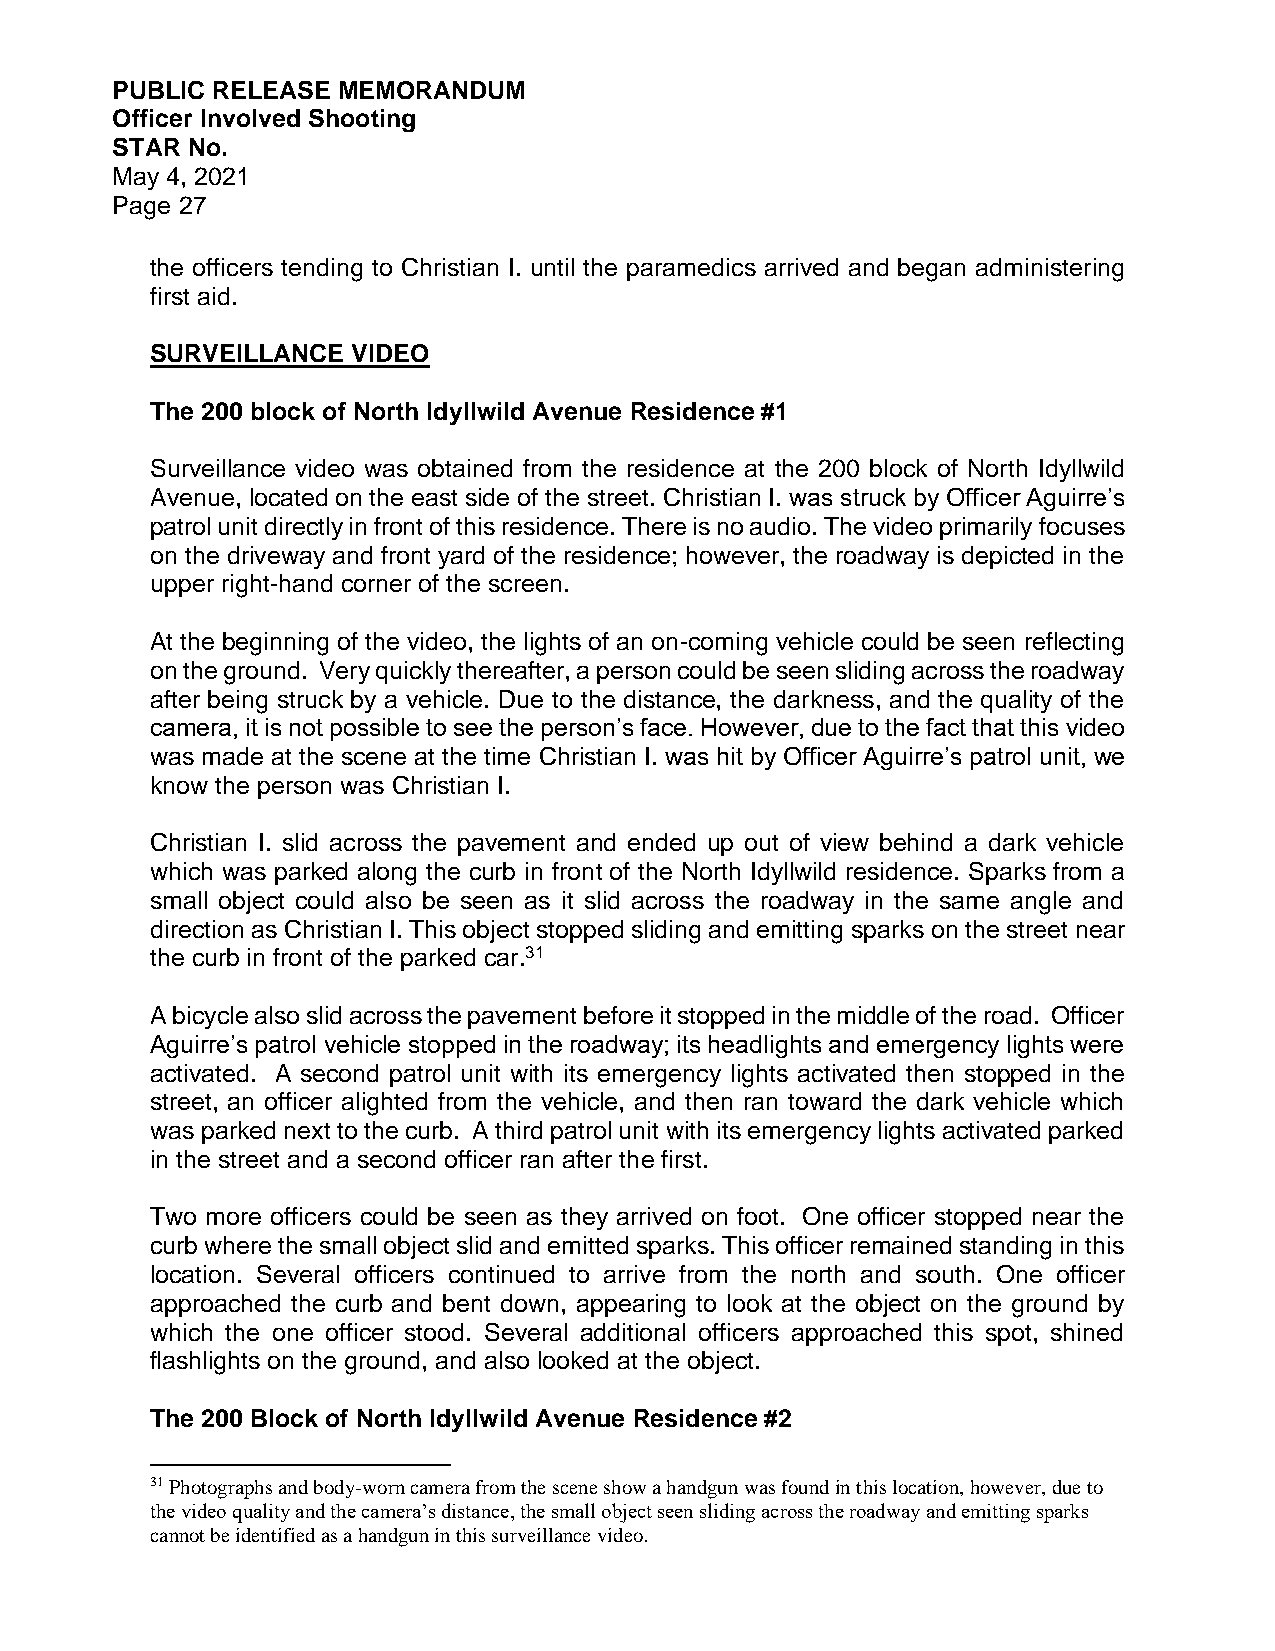
PUBLIC RELEASE MEMORANDUM
 Officer Involved Shooting
 STAR No.
 May 4, 2021
 Page 27
 the officers tending to Christian I. until the paramedics arrived and began administering
 first aid.
 SURVEILLANCE VIDEO
 The 200 block of North Idyllwild Avenue Residence #1
 Surveillance video was obtained from the residence at the 200 block of North Idyllwild
 Avenue, located on the east side of the street. Christian I. was struck by Officer Aguirre’s
 patrol unit directly in front of this residence. There is no audio. The video primarily focuses
 on the driveway and front yard of the residence; however, the roadway is depicted in the
 upper right-hand corner of the screen.
 At the beginning of the video, the lights of an on-coming vehicle could be seen reflecting
 on the ground. Very quickly thereafter, a person could be seen sliding across the roadway
 after being struck by a vehicle. Due to the distance, the darkness, and the quality of the
 camera, it is not possible to see the person’s face. However, due to the fact that this video
 was made at the scene at the time Christian I. was hit by Officer Aguirre’s patrol unit, we
 know the person was Christian I.
 Christian I. slid across the pavement and ended up out of view behind a dark vehicle
 which was parked along the curb in front of the North Idyllwild residence. Sparks from a
 small object could also be seen as it slid across the roadway in the same angle and
 direction as Christian I. This object stopped sliding and emitting sparks on the street near
 the curb in front of the parked car.31
 A bicycle also slid across the pavement before it stopped in the middle of the road. Officer
 Aguirre’s patrol vehicle stopped in the roadway; its headlights and emergency lights were
 activated. A second patrol unit with its emergency lights activated then stopped in the
 street, an officer alighted from the vehicle, and then ran toward the dark vehicle which
 was parked next to the curb. A third patrol unit with its emergency lights activated parked
 in the street and a second officer ran after the first.
 Two more officers could be seen as they arrived on foot. One officer stopped near the
 curb where the small object slid and emitted sparks. This officer remained standing in this
 location. Several officers continued to arrive from the north and south. One officer
 approached the curb and bent down, appearing to look at the object on the ground by
 which the one officer stood. Several additional officers approached this spot, shined
 flashlights on the ground, and also looked at the object.
 The 200 Block of North Idyllwild Avenue Residence #2
 31 Photographs and body-worn camera from the scene show a handgun was found in this location, however, due to
 the video quality and the camera’s distance, the small object seen sliding across the roadway and emitting sparks
 cannot be identified as a handgun in this surveillance video.